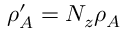
\rho _ { A } ^ { \prime } = N _ { z } \rho _ { A }